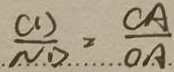
\frac { C D } { N D } = \frac { C A } { O A }